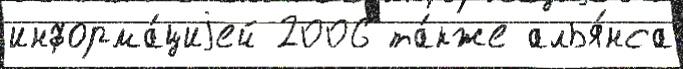
информа́циjей 2006 та́кже алья́нса